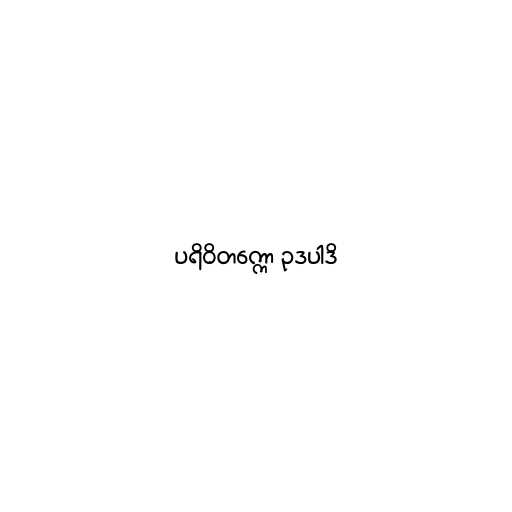
ပရိဝိတက္ကော ဥဒပါဒိ